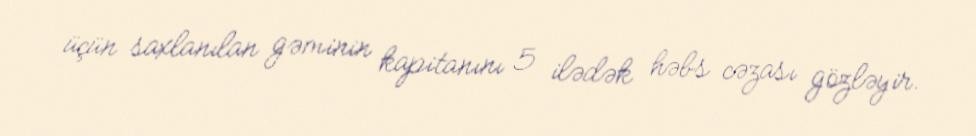
üçün saxlanılan gəminin kapitanını 5 ilədək həbs cəzası gözləyir.